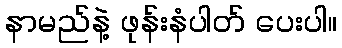
နာမည်နဲ့ ဖုန်းနံပါတ် ပေးပါ။